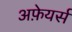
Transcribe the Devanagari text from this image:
अफ़ेयर्स